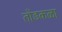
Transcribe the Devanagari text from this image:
तोंडकळा